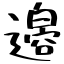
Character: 𫟪